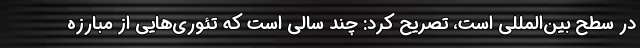
در سطح بین‌المللی است، تصریح کرد: چند سالی است که تئوری‌هایی از مبارزه